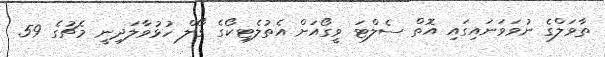
ތާވަލްގެ ނުވަވަނައިގައި އޮތް ސެލްޓަ ވީގޯއަށް އެތުލެޓިކޯގެ ގޯލް ހުޅުވާލަދިނީ މެޗުގެ 59